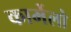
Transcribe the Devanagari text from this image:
कार्मेलो